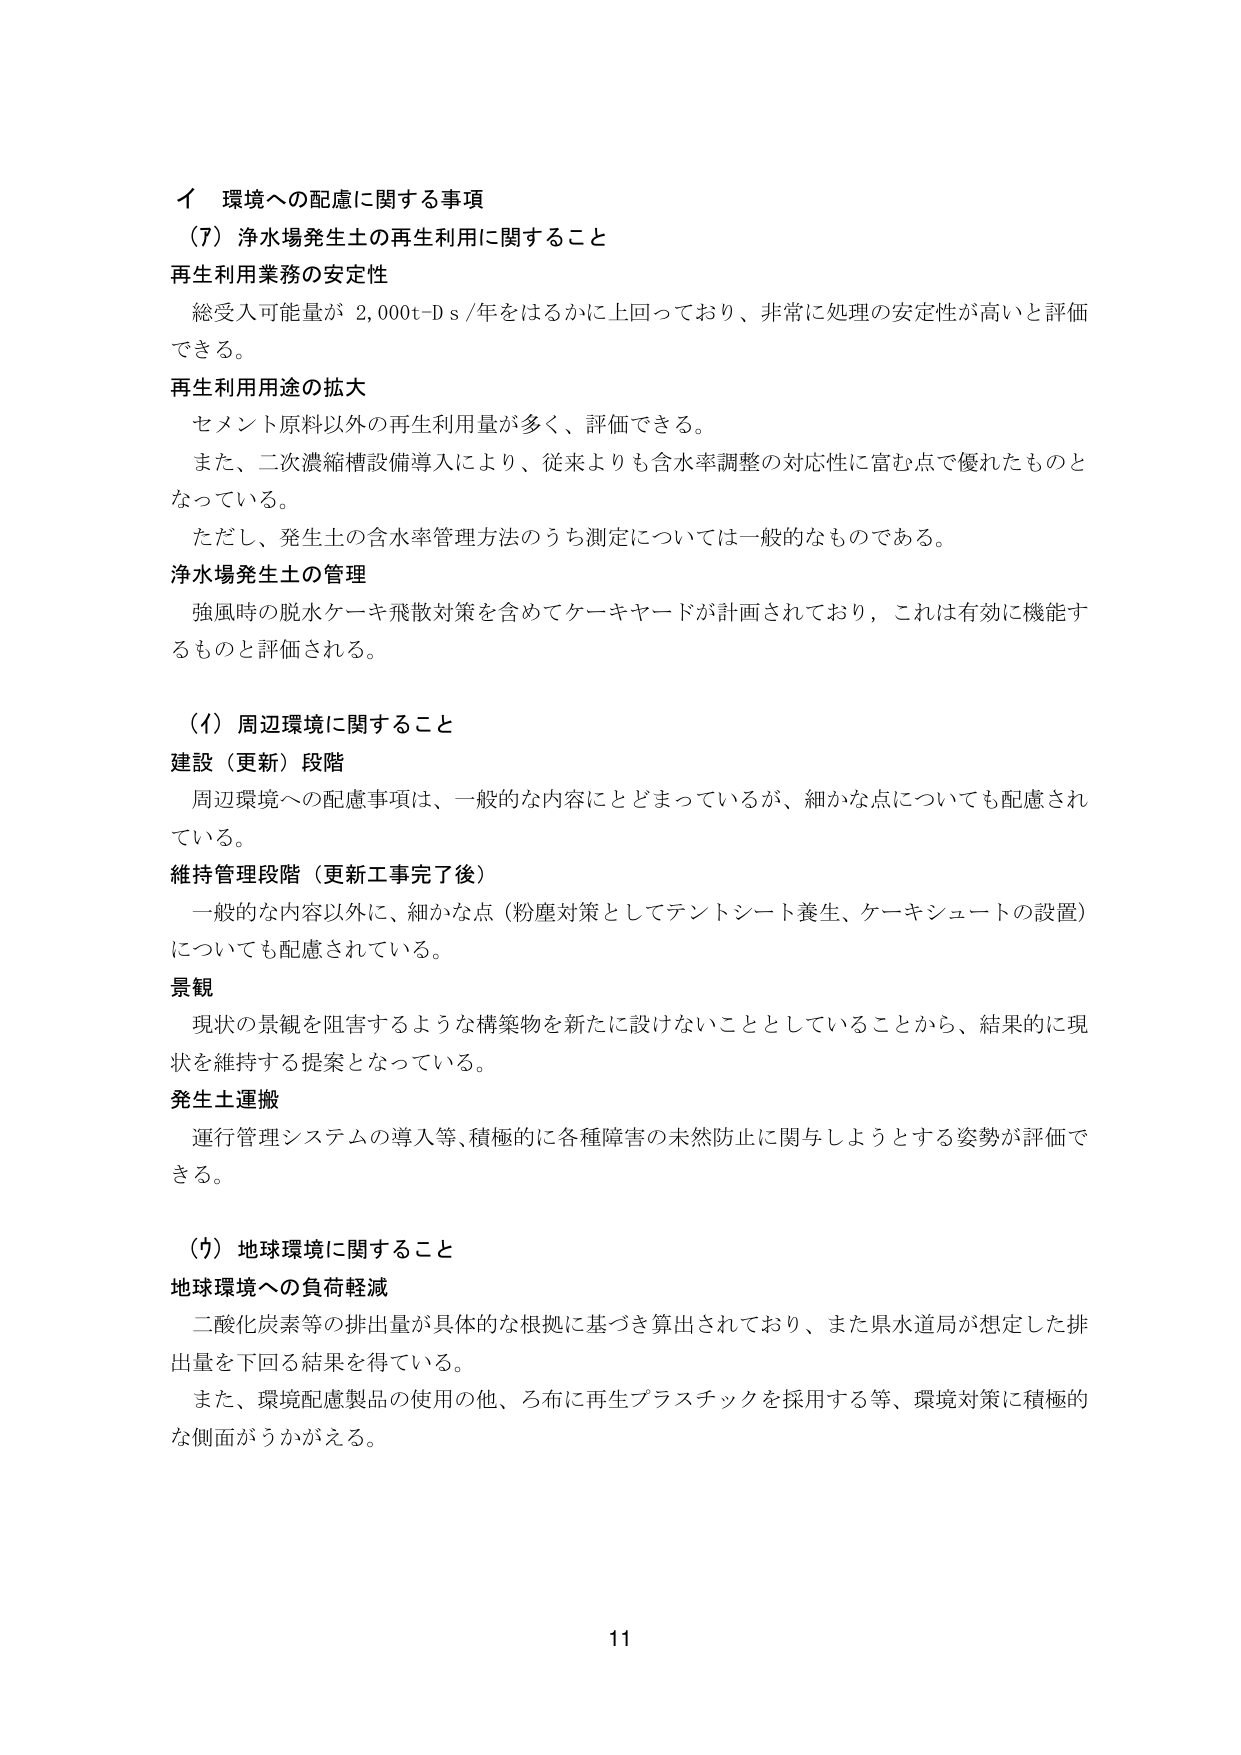
イ 環境への配慮に関する事項
（7）浄水場発生土の再生利用に関すること

再生利用業務の安定性
　総受入可能量が 2,000t-Ds/年をはるかに上回っており、非常に処理の安定性が高いと評価できる。

再生利用用途の拡大
　セメント原料以外の再生利用量が多く、評価できる。
　また、二次濃縮槽設備導入により、従来よりも含水率調整の対応性に富む点で優れたものとなっている。
　ただし、発生土の含水率管理方法のうち測定については一般的なものである。

浄水場発生土の管理
　強風時の脱水ケーキ飛散対策を含めてケーキヤードが計画されており、これは有効に機能するものと評価される。

（イ）周辺環境に関すること

建設（更新）段階
　周辺環境への配慮事項は、一般的な内容にとどまっているが、細かな点についても配慮されている。

維持管理段階（更新工事完了後）
　一般的な内容以外に、細かな点（粉塵対策としてテントシート養生、ケーキシュートの設置）についても配慮されている。

景観
　現状の景観を阻害するような構築物を新たに設けないこととしていることから、結果的に現状を維持する提案となっている。

発生土運搬
　運行管理システムの導入等、積極的に各種障害の未然防止に関与しようとする姿勢が評価できる。

（ウ）地球環境に関すること

地球環境への負荷軽減
　二酸化炭素等の排出量が具体的な根拠に基づき算出されており、また県水道局が想定した排出量を下回る結果を得ている。
　また、環境配慮製品の使用の他、ろ布に再生プラスチックを採用する等、環境対策に積極的な側面がうかがえる。

11